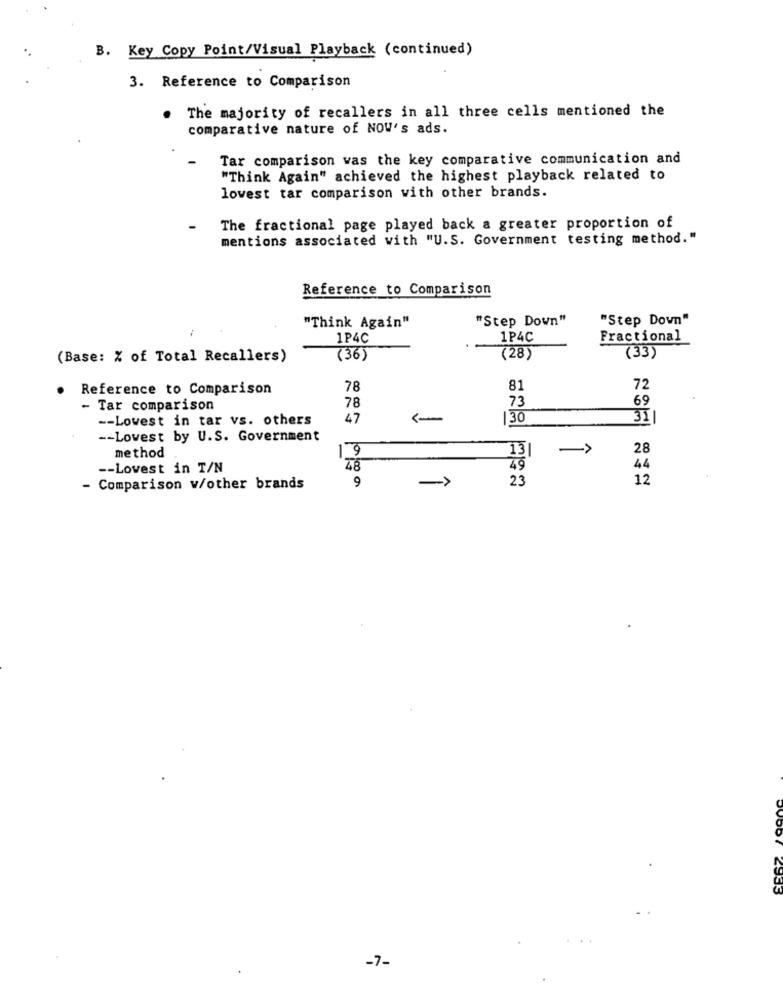
B. Key Copy Point/Visual Playback (continued)
3. Reference to Comparison
The majority of recallers in all three cells mentioned the
comparative nature of NOV's ads.
Tar comparison was the key comparative communication and
"Think Again" achieved the highest playback related to
lowest tar comparison with other brands.
The fractional page played back a greater proportion of
mentions associated with "U.S. Government testing method."
Reference to Comparison
"Step Down"
"Step Down"
"Think Again"
1P4C
1P4C
Fractional
(Base: % of Total Recallers)
(36)
(28)
(33)
Reference to Comparison
78
81
72
78
73
69
- Tar comparison
-- Lowest in tar vs. others
47
30
31|
-- Lowest by U.S. Government
method
19
13|
->
28
-- Lovest in T/N
48
49
44
9
23
12
- Comparison w/other brands
-7-